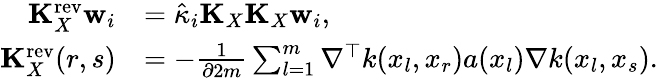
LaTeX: \begin{array}{rl}{\mathbf{K}_{X}^{\mathrm{rev}}\mathbf{w}_{i}}&{=\hat{\kappa}_{i}\mathbf{K}_{X}\mathbf{K}_{X}\mathbf{w}_{i},}\\ {\mathbf{K}_{X}^{\mathrm{rev}}(r,s)}&{=-\frac{1}{\partial 2m}\sum_{l=1}^{m}\nabla^{\top}k(x_{l},x_{r})a(x_{l})\nabla k(x_{l},x_{s}).}\end{array}